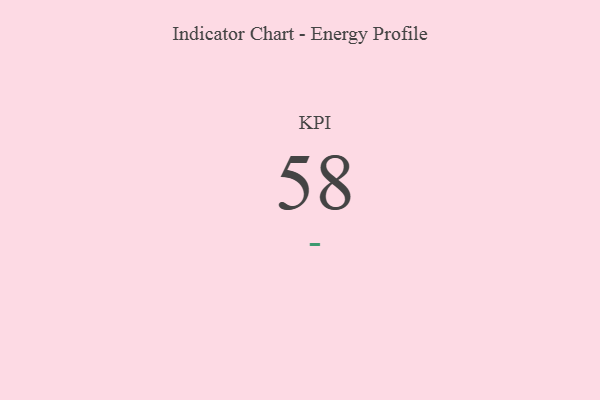
{"axis": {"x": "KPI", "y": "Value"}, "legend": [""], "data": [{"x": "KPI", "y": 58, "type": ""}]}